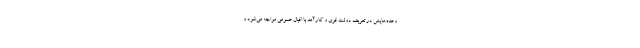
وعده‌هایش در تعریف دولت قوی و کارآمد با اقبال عمومی مواجه می‌شود و